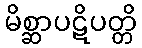
မိစ္ဆာပဋိပတ္တိ